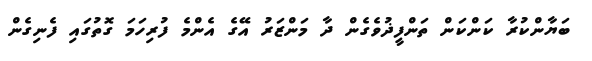
ބަޔާންކުރާ ކަންކަން ތަންފީޛުވެގެން ދާ މަންޒަރު އޭގެ އެންމެ ފުރިހަމަ ގޮތުގައި ފެނިގެން